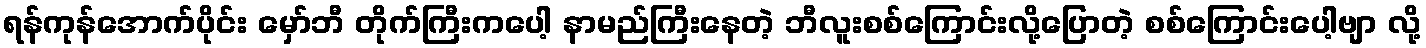
ရန်ကုန်အောက်ပိုင်း မှော်ဘီ တိုက်ကြီးကပေါ့ နာမည်ကြီးနေတဲ့ ဘီလူးစစ်ကြောင်းလို့ပြောတဲ့ စစ်ကြောင်းပေါ့ဗျာ လို့